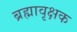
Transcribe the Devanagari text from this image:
ब्रह्मावृक्षक